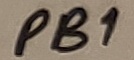
Text: PB1